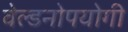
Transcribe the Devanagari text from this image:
वेल्डनोपयोगी